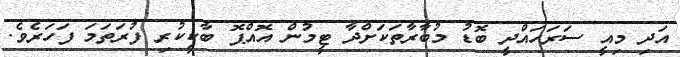
އަދި މިއީ ސަރަހައްދީ ބޮޑު މުބާރާތަކަށްދާ ޓީމުން އޮއްޕޮ ބާކީކުރި ފުރަތަމަ ފަހަރެވެ.